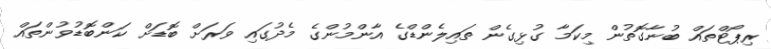
ރިޕޯޓްތައް ބުނާގޮތުން މިކަމާ ގުޅިގެން ތައިލެންޑްގެ އާންމުންގެ މެދުގައި ވަރަށް ބޮޑަށް ކަންބޮޑުވުންތައް